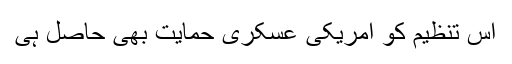
اس تنظیم کو امریکی عسکری حمایت بھی حاصل ہی